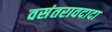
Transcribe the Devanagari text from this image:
वसंतरावदादा